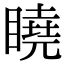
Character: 䁱